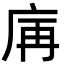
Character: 𢈖